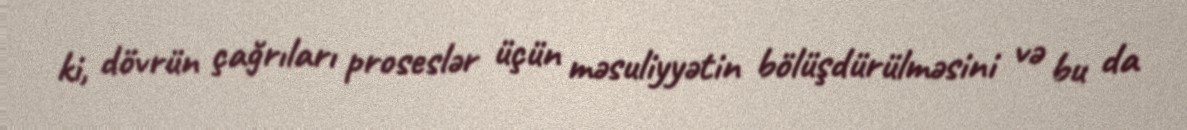
ki, dövrün çağrıları proseslər üçün məsuliyyətin bölüşdürülməsini və bu da